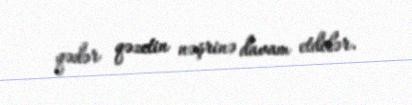
qədər qəzetin nəşrinə davam etdilər.